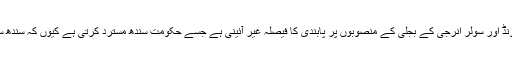
انہوں نے کہا کہ وفاقی حکومت کی جانب سے ونڈ اور سولر انرجی کے بجلی کے منصوبوں پر پابندی کا فیصلہ غیر آئینی ہے جسے حکومت سندھ مسترد کرتی ہے کیوں کہ سندھ سے نکلنے والی گیس پر پہلا حق صوبے کا ہے۔